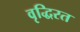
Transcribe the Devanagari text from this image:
वृद्धिरत